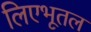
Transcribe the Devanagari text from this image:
लिएभूतल